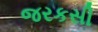
જરકસી